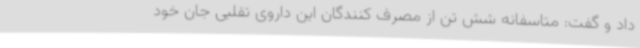
داد و گفت: متاسفانه شش تن از مصرف کنندگان این داروی تقلبی جان خود